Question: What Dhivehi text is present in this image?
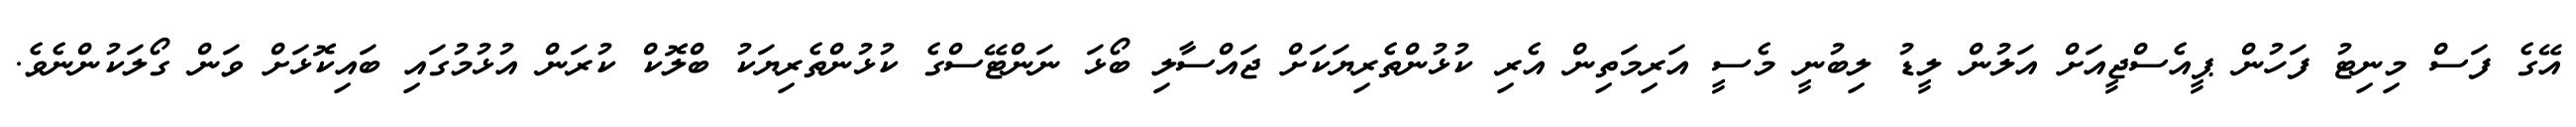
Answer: އޭގެ ފަސް މިނިޓު ފަހުން ޕީއެސްޖީއަށް އަލުން ލީޑު ލިބުނީ މެސީ އަރިމަތިން އެރި ކުޅުންތެރިޔަކަށް ޖައްސާލި ބޯޅަ ނަންޓޭސްގެ ކުޅުންތެރިޔަކު ބްލޮކް ކުރަން އުޅުމުގައި ބައިކޮޅަށް ވަން ގޯލަކުންނެވެ.